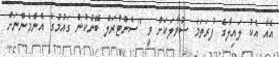
އެއާ އެކު ލައިލާގެ ފުރަތަމަ ސުވާލަކަށް ވީ "ސެންޓްރަލް ބޭންކުން ގައުމުގެ އެންމެންނަށް